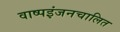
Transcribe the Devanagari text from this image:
वाष्पइंजनचालित